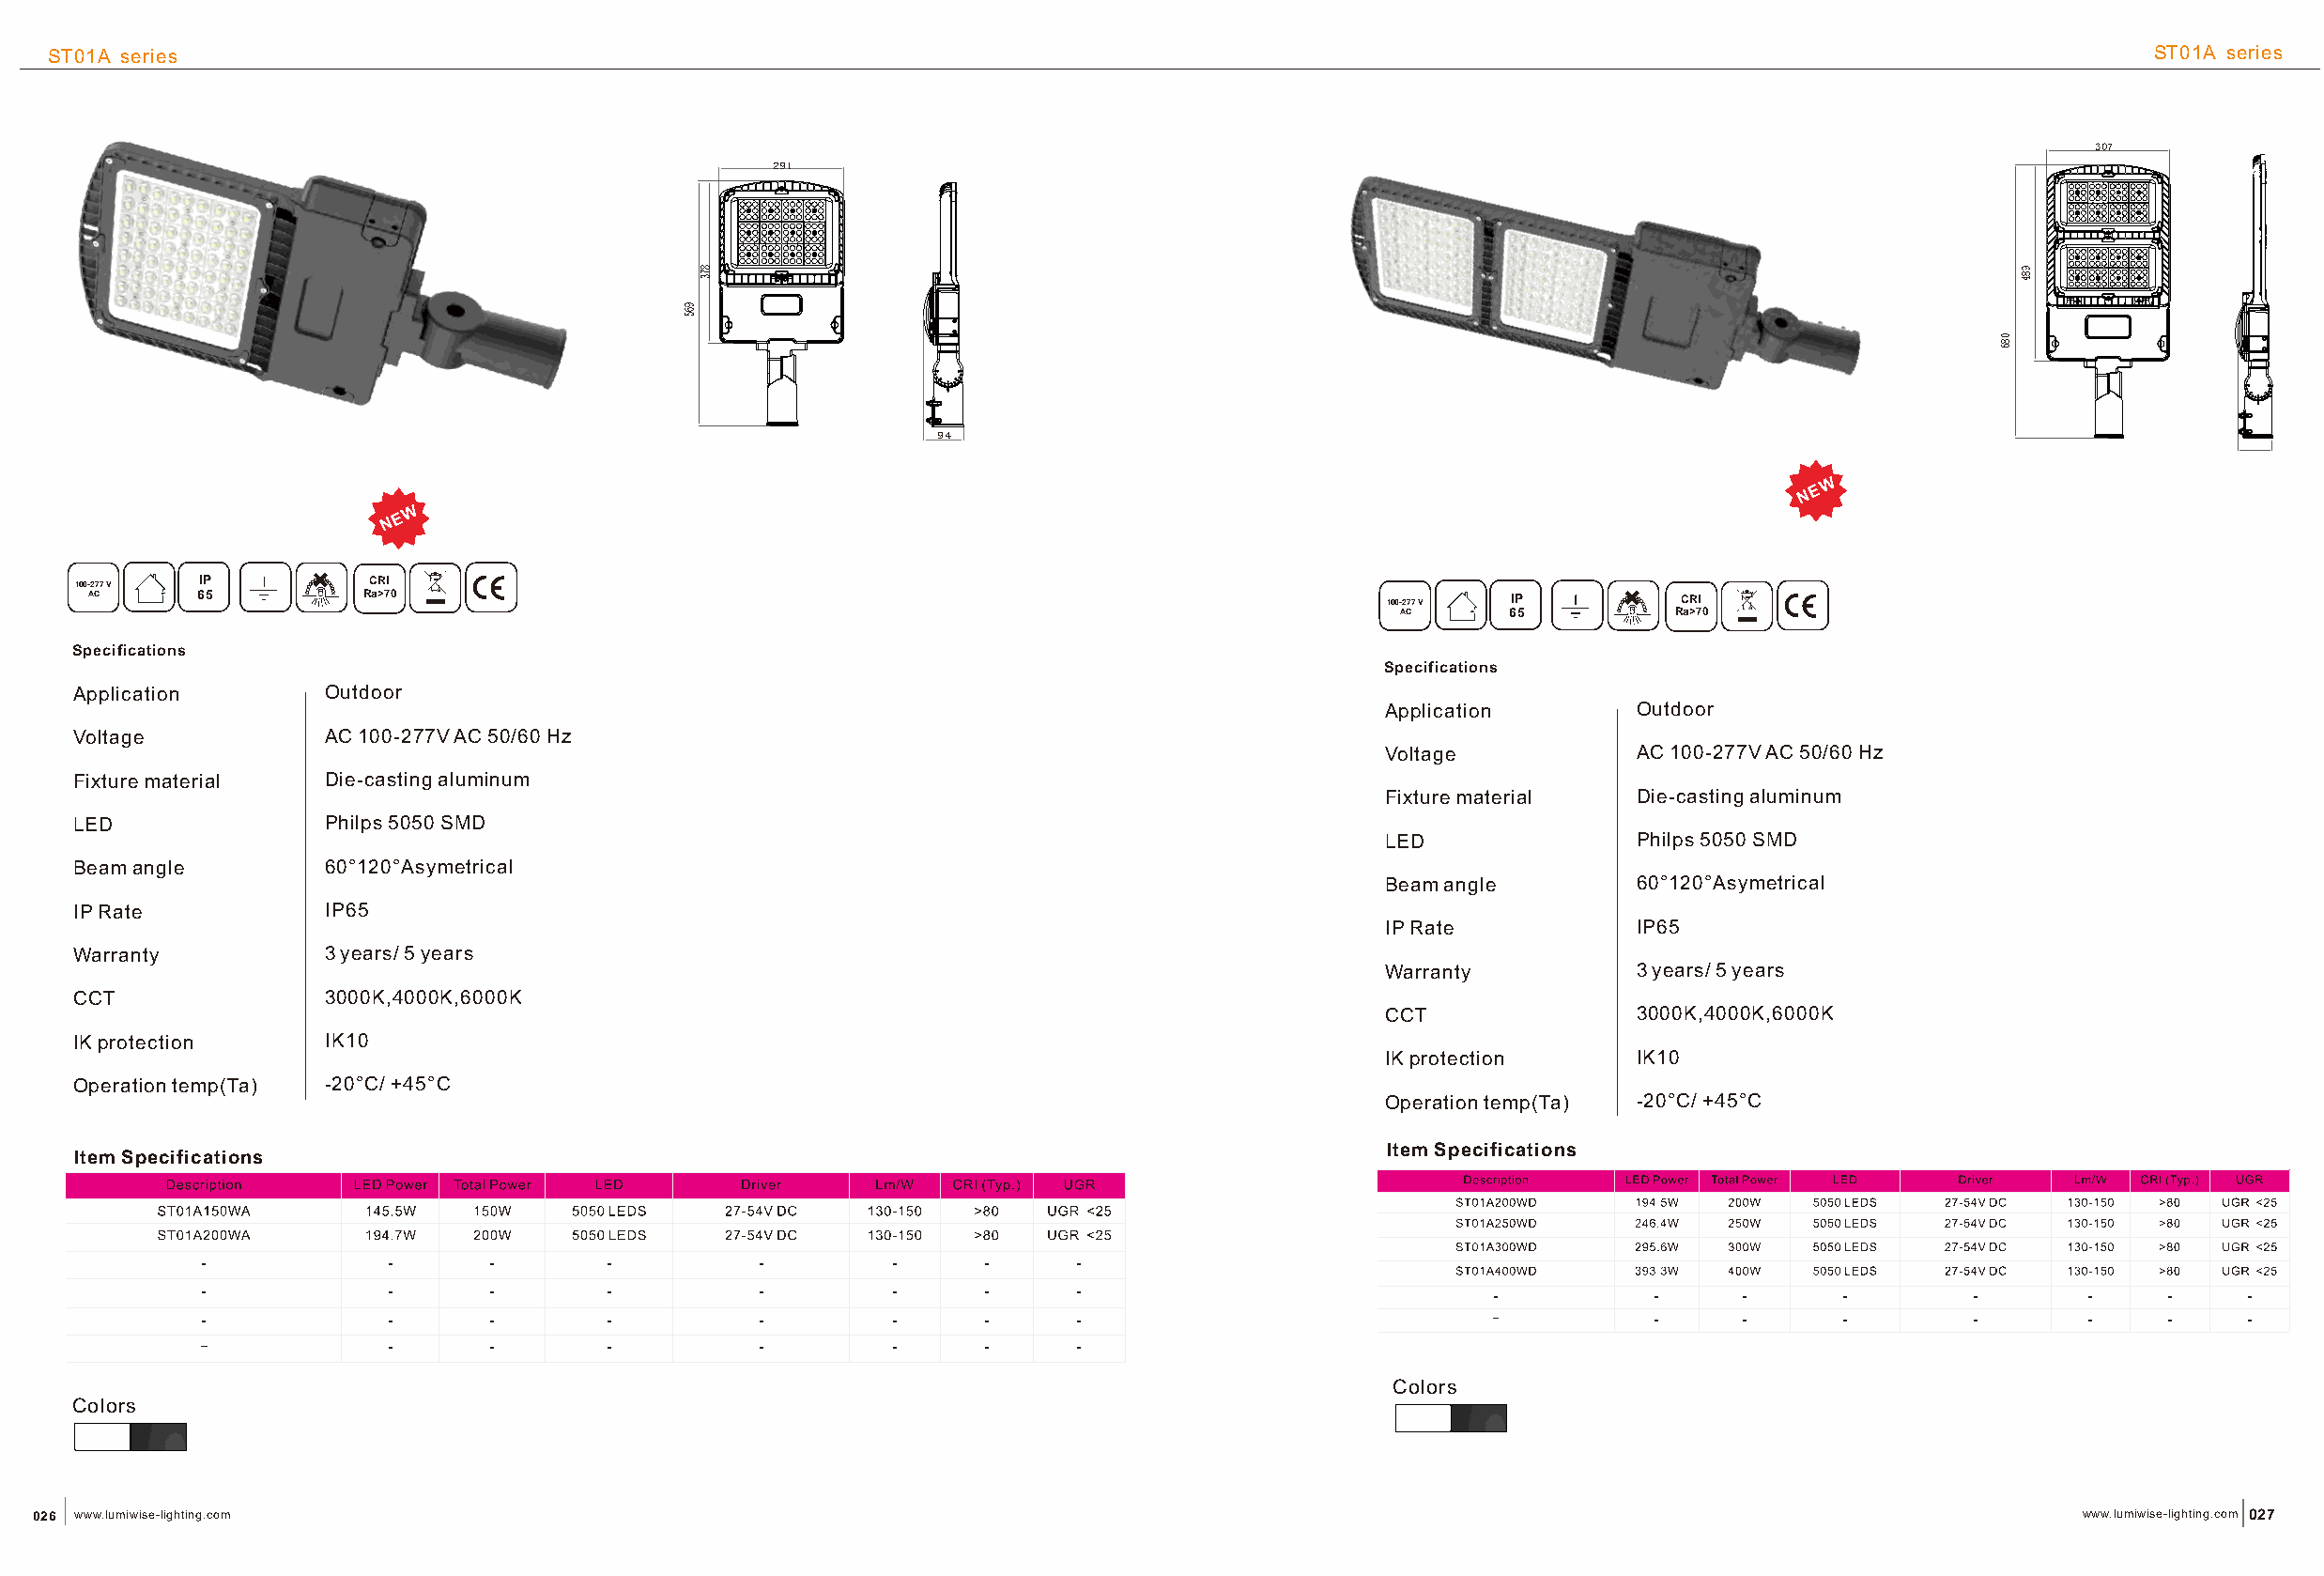
ST01A series                                                                                                                                         ST01A series
 307
 291
 94
 WW
 NN EE
 WW
 NN EE
 100-277 V IP         CCRRII
 AC      65          Ra>70                                                                   100-277 V IP         CCRRII
 AC     65          Ra>70
 Specifications
 Specifications
 Application       Outdoor
 Application      Outdoor
 Voltage           AC 100-277V AC 50/60 Hz
 Voltage          AC 100-277V AC 50/60 Hz
 Fixture material  D ie-casting aluminum
 Fixture material D ie-casting aluminum
 LED               Philps 5050 SMD
 LED              Philps 5050 SMD
 Beam angle        60°120°Asymetrical
 Beam angle       60°120°Asymetrical
 IP Rate           IP65
 IP Rate          IP65
 Warranty          3 years/ 5 years
 Warranty         3 years/ 5 years
 CCT               3000K,4000K,6000K
 CCT              3000K,4000K,6000K
 IK protection     IK10
 IK protection    IK10
 Operation temp(Ta) -20°C/ +45°C
 Operation temp(Ta) -20°C/ +45°C
 Item Specifications
 Item Specifications
 Colors
 Colors
 026 www.lumiwise-lighting.com                                                                                                                    www.lumiwise-lighting.com 027
 965
 873
 086
 984